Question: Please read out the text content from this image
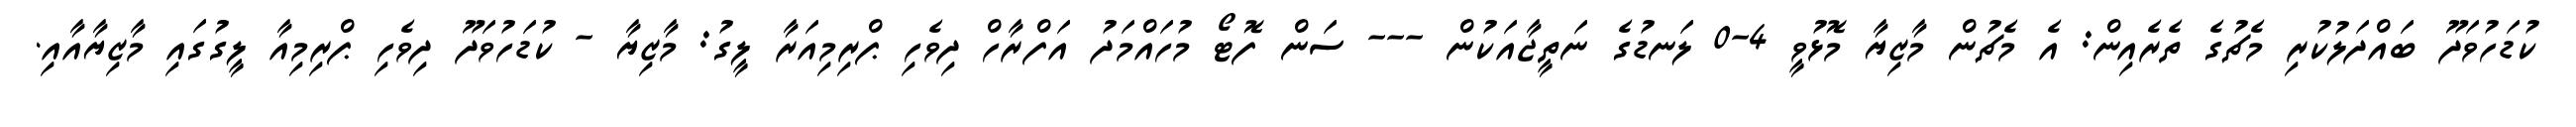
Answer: ކުޑަހުވަދޫ ބައްދަލުކުރި މެޗުގެ ތެރެއިން: އެ މެޗުން މާޒިޔާ މޮޅުވީ 4-0 ލަނޑުގެ ނަތީޖާއަކުން --- ސަން ފޮޓޯ މުހައްމަދު އަފްރާހް ދިވެހި ޕްރިމިއަރާ ލީގު: މާޒިޔާ - ކުޑަހުވަދޫ ދިވެހި ޕްރިމިއާ ލީގުގައި މާޒިޔާއާއި.